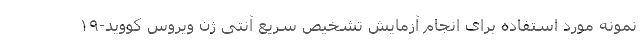
نمونه مورد استفاده برای انجام آزمایش تشخیص سریع آنتی ژن ویروس کووید-۱۹